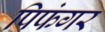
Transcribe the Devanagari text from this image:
पिफंगर